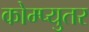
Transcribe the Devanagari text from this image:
कोम्प्युतर